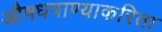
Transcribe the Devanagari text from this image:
औषधपाण्याकरिता